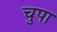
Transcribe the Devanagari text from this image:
चुपा